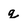
Character: q